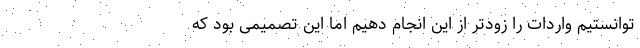
توانستیم واردات را زودتر از این‌ انجام دهیم اما این تصمیمی بود که